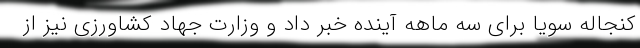
کنجاله سویا برای سه ماهه آینده خبر داد و وزارت جهاد کشاورزی نیز از